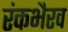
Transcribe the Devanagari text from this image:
रंकभैरव